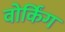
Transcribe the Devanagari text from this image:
वोर्किंग